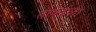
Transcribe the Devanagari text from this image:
ताबेईच्या